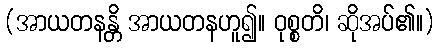
(အာယတနန္တိ အာယတနဟူ၍။ ဝုစ္စတိ၊ ဆိုအပ်၏။)